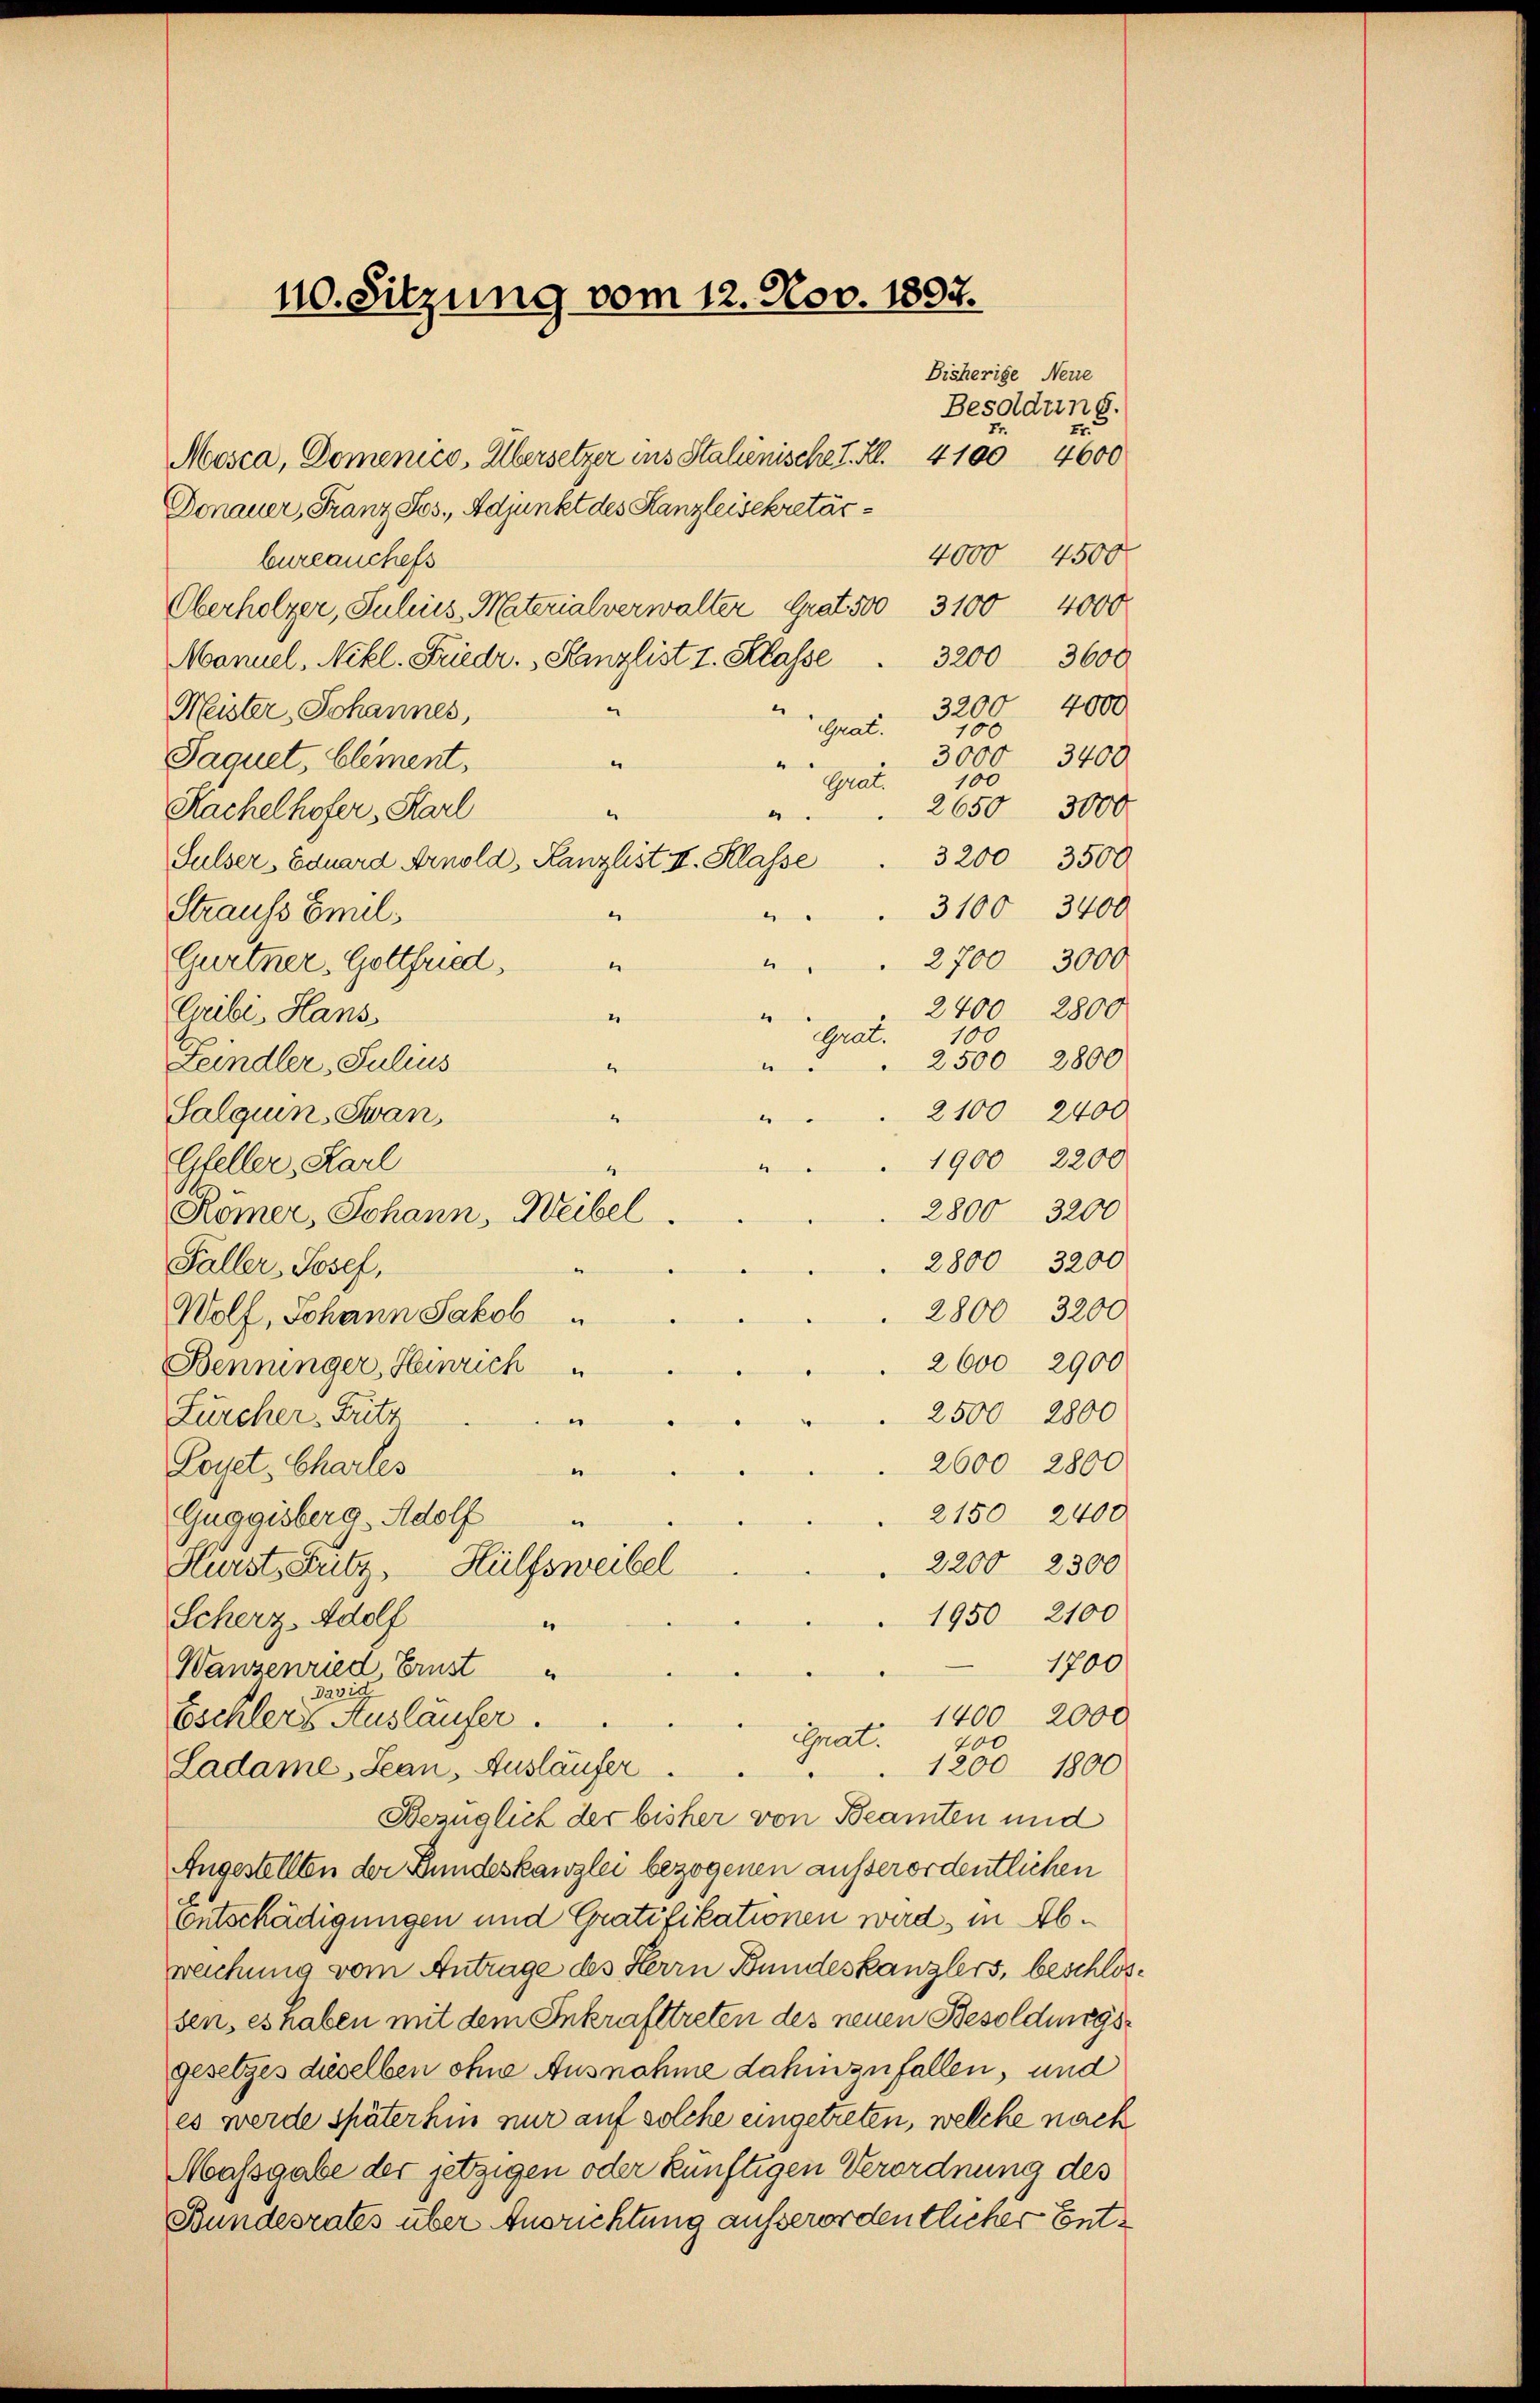
110. Sitzung vom 12. Nov. 1897.
Bisherige Neue

Mosca, Domenico, Übersetzer ins Stalienische I. Kl. 4100 4600
Donauer, Franz Jos., Adjunkt des Kanzleisekretärbureauchefs
Oberholzer, Julius, Meterialverwalter Grat 500 3100 4000
Manuel, Nikl. Friedr. Kanzlist I. Klasse
e
Meister Johannes,
Great.
Paquet, blement,
“
.
Grat.
Kachelhofer, Karl
4
“
Sulser Eduard Arnold, Kanzlist II. Klasse
Strauss Emil
Gurtner, Gottfried,
Cribi, Hans
2
Leindler, Julius
Salquin,Swan,
1
d
Gfeller, Karl
“
Römer, Johann, Weibel.
Faller, Josef,
Wolf, Johann Jakob
Benninger, Heinrich
Zürcher, Tritt
e
Loyet-Charles
.
Guggisberg Adolf
.
Hürst Fritz, Hülfsweibel
Scherz. Adolf
e
1700
Wanzenried Ernst
1400 2000.
Eschler Ausläufer.
Ghat.
400
1200 1800
Ladame,Lean, Ausläufer.
Bezüglich der bisher von Beamten und
Angestellten der Bundeskanzlei bezogenen ausserordentlichen
Entschädigungen und Gratifikationen wird, in Abweichung vom Antrage des Herrn Bundeskanzlers, beschlossen, es haben mit dem Inkrafttreten des neuen Besoldungsgesetzes dieselben ohne Ausnahme dahin zufallen, und
es werde späterhin nur auf solche eingetreten, welche nach
Massgabe der jetzigen oder künftigen Verordnung des
Bundesrates über Ausrichtung außerordentlicher Ent¬

.
e
e
2

“
Grat.

e
e

Besoldung.
Er
4000 4500
3200 3600
3200 4000
100
3000 3400
100
2650
3000
3200 3500
3100 3400
2700 3000
2400 2800
100
2500 2800
2100 2400
1900 2200
2800 3200
2800 3200
2800 3200
2600 2900
2500 2800
2600 2800
2150 2400
2200 2300
1950 2100